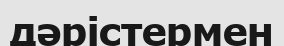
дәрістермен